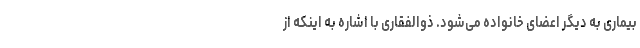
بیماری به دیگر اعضای خانواده می‌شود. ذوالفقاری با اشاره به اینکه از